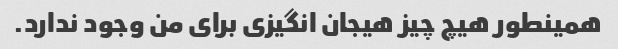
همینطور هیچ چیز هیجان انگیزی برای من وجود ندارد.